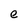
Character: e